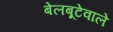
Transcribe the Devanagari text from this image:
बेलबूटेवाले